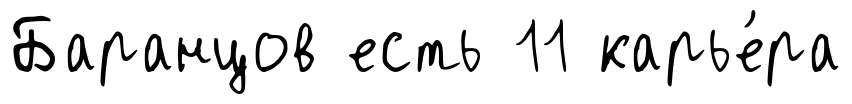
Баранцов есть 11 карье́ра